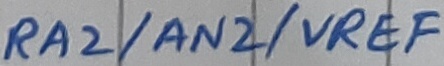
Text: RA2/AN2/VREF